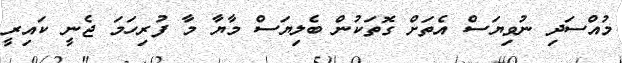
މުއްސަދި ނުވިޔަސް އެތަށް ގޮތަކުން ބެލިޔަސް މާޔާ މާ ފުރިހަމަ ޖެނީ ކައިރީ